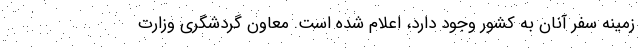
زمینه سفر آنان به کشور وجود دارد، اعلام شده است. معاون گردشگری وزارت